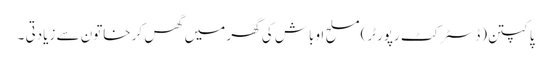
پاکپتن(ڈسٹر کٹ رپورٹر)مسلح اوباش کی گھر میں گھس کر خاتون سے زیادتی ۔